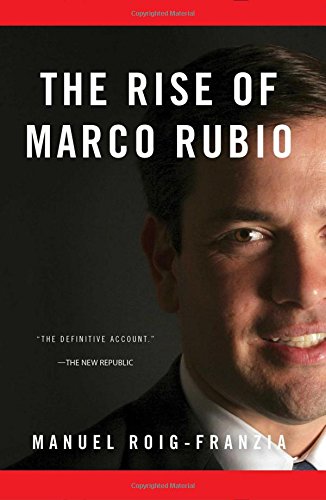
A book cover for The Rise of Marco Rubio; Manuel Roig-Franzia; Biographies & Memoirs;